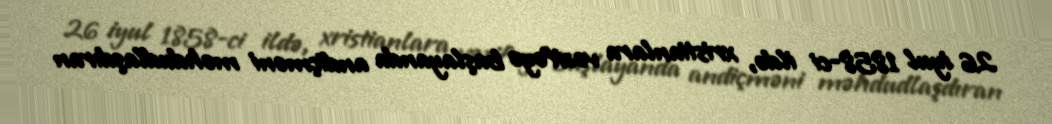
26 iyul 1858-ci ildə, xristianlara vəzifəyə başlayanda andiçməni məhdudlaşdıran